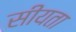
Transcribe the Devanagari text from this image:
सीयता